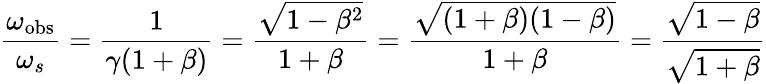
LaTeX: {\frac{\omega_{\mathrm{obs}}}{\omega_{s}}}={\frac{1}{\gamma(1+\beta)}}={\frac{\sqrt{1-\beta^{2}}}{1+\beta}}={\frac{\sqrt{(1+\beta)(1-\beta)}}{1+\beta}}={\frac{\sqrt{1-\beta}}{\sqrt{1+\beta}}}